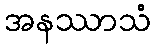
အနဿာသံ